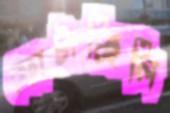
ফোটাচ্ছিলি